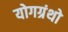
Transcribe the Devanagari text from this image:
योगग्रंथो